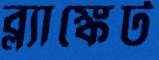
ব্ল্যাঙ্কেট